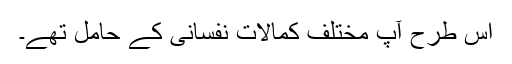
اس طرح آپ مختلف کمالات نفسانی کے حامل تھے۔